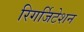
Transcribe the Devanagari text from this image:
रिगर्जिटेशन